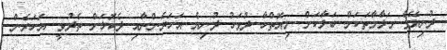
ދުނިޔޭގެ މަލާމާތަކަށް ބަލާކަށް. މިއޮތްހާ ދުވަހު ދުނިޔެ އަހަރެންނާއި ދެކޮޅަށް ތެދުވީ. އަހަރެން